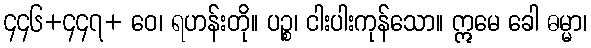
၄၄၆+၄၄၇+ ဝေ၊ ရဟန်းတို။ ပဉ္စ၊ ငါးပါးကုန်သော။ ဣမေ ခေါ ဓမ္မာ၊